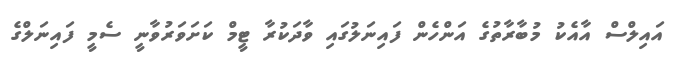
އައިލްސް އާއެކު މުބާރާތުގެ އަންހެން ފައިނަލުގައި ވާދަކުރާ ޓީމް ކަށަވަރުވާނީ ސެމީ ފައިނަލްގެ